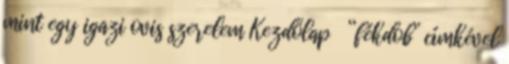
mint egy igazi ovis szerelem Kezdőlap “fékdob” címkével